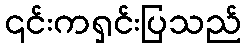
၎င်းကရှင်းပြသည်